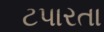
ટપારતા